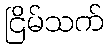
ငြိမ်သက်